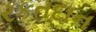
રકતદાન